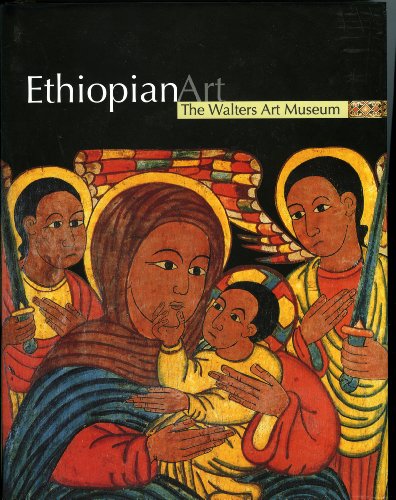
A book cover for Ethiopian Art: The Walters Art Museum; Gary Vikan; Travel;